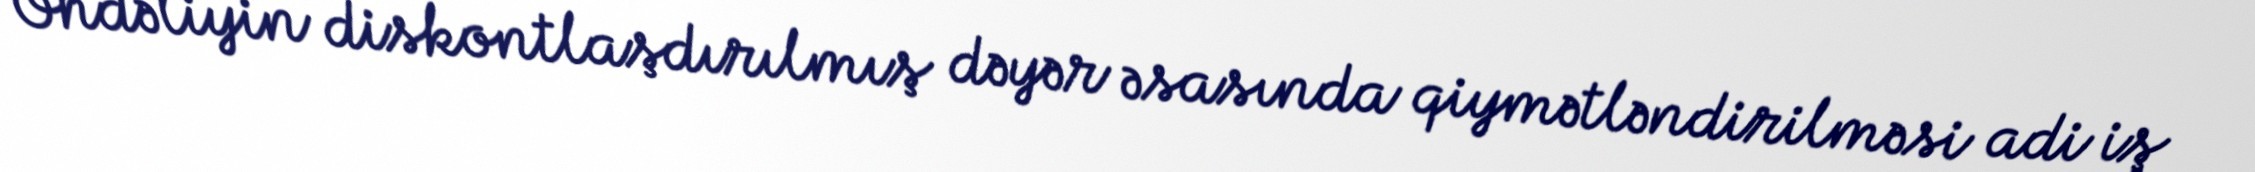
Öhdəliyin diskontlaşdırılmış dəyər əsasında qiymətləndirilməsi adi iş